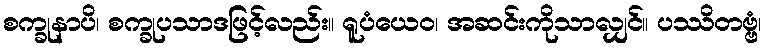
စက္ခုနာပိ၊ စက္ခုပသာဒဖြင့်လည်း။ ရူပံယေဝ၊ အဆင်းကိုသာလျှင်။ ပဿိတဗ္ဗံ၊